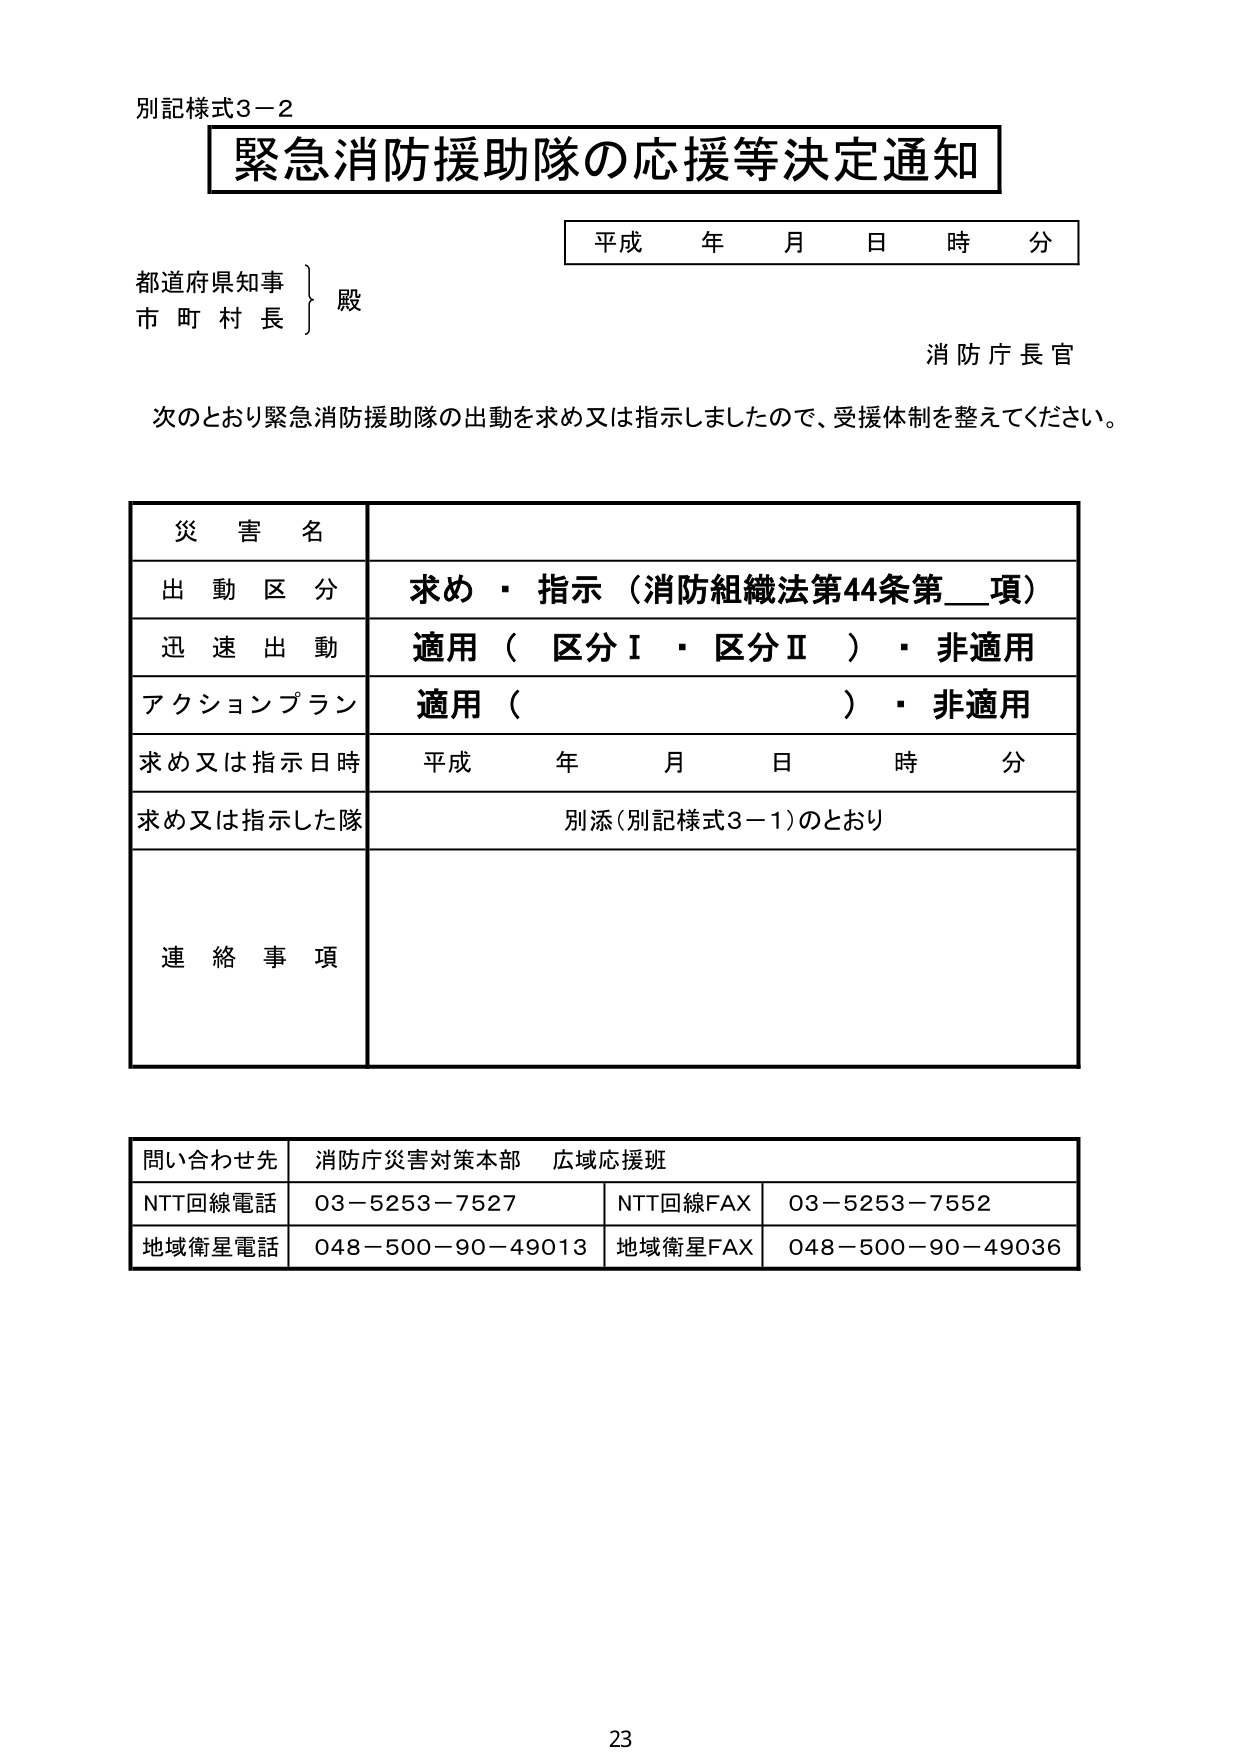
別記様式3－2
緊急消防援助隊の応援等決定通知
平成 年 月 日 時 分
都道府県知事
市町村長
殿
消防庁長官
次のとおり緊急消防援助隊の出動を求め又は指示しましたので、受援体制を整えてください。

災害名
出動区分 求め・指示（消防組織法第44条第__項）
迅速出動 適用（区分Ⅰ・区分Ⅱ）・非適用
アクションプラン 適用（ ）・非適用
求め又は指示日時 平成 年 月 日 時 分
求め又は指示した隊 別添（別記様式3－1）のとおり
連絡事項

問い合わせ先 消防庁災害対策本部 広域応援班
NTT回線電話 03－5253－7527 NTT回線FAX 03－5253－7552
地域衛星電話 048－500－90－49013 地域衛星FAX 048－500－90－49036

23